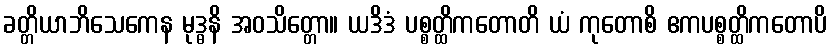
ခတ္တိယာဘိသေကေန မုဒ္ဓနိ အဝသိတ္တော။ ယဒိဒံ ပစ္စတ္ထိကတောတိ ယံ ကုတောစိ ဧကပစ္စတ္ထိကတောပိ